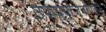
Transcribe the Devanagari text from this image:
उपाययोजनांपैकी